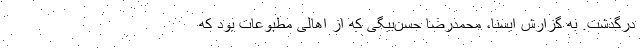
درگذشت. به گزارش ایسنا، محمدرضا حسن‌بیگی که از اهالی مطبوعات بود که